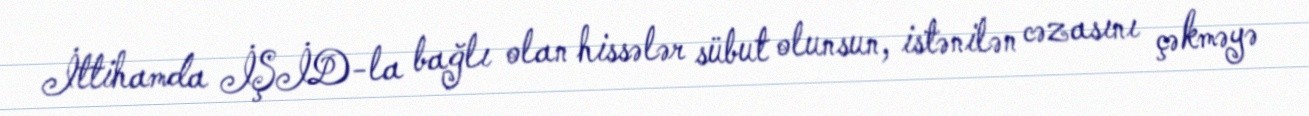
İttihamda İŞİD-la bağlı olan hissələr sübut olunsun, istənilən cəzasını çəkməyə